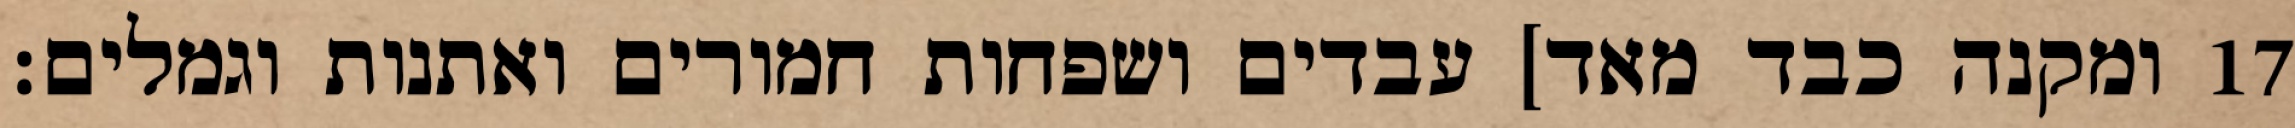
ומקנה כבד מאד] עבדים ושפחות חמורים ואתנות וגמלים׃ ‎17‏